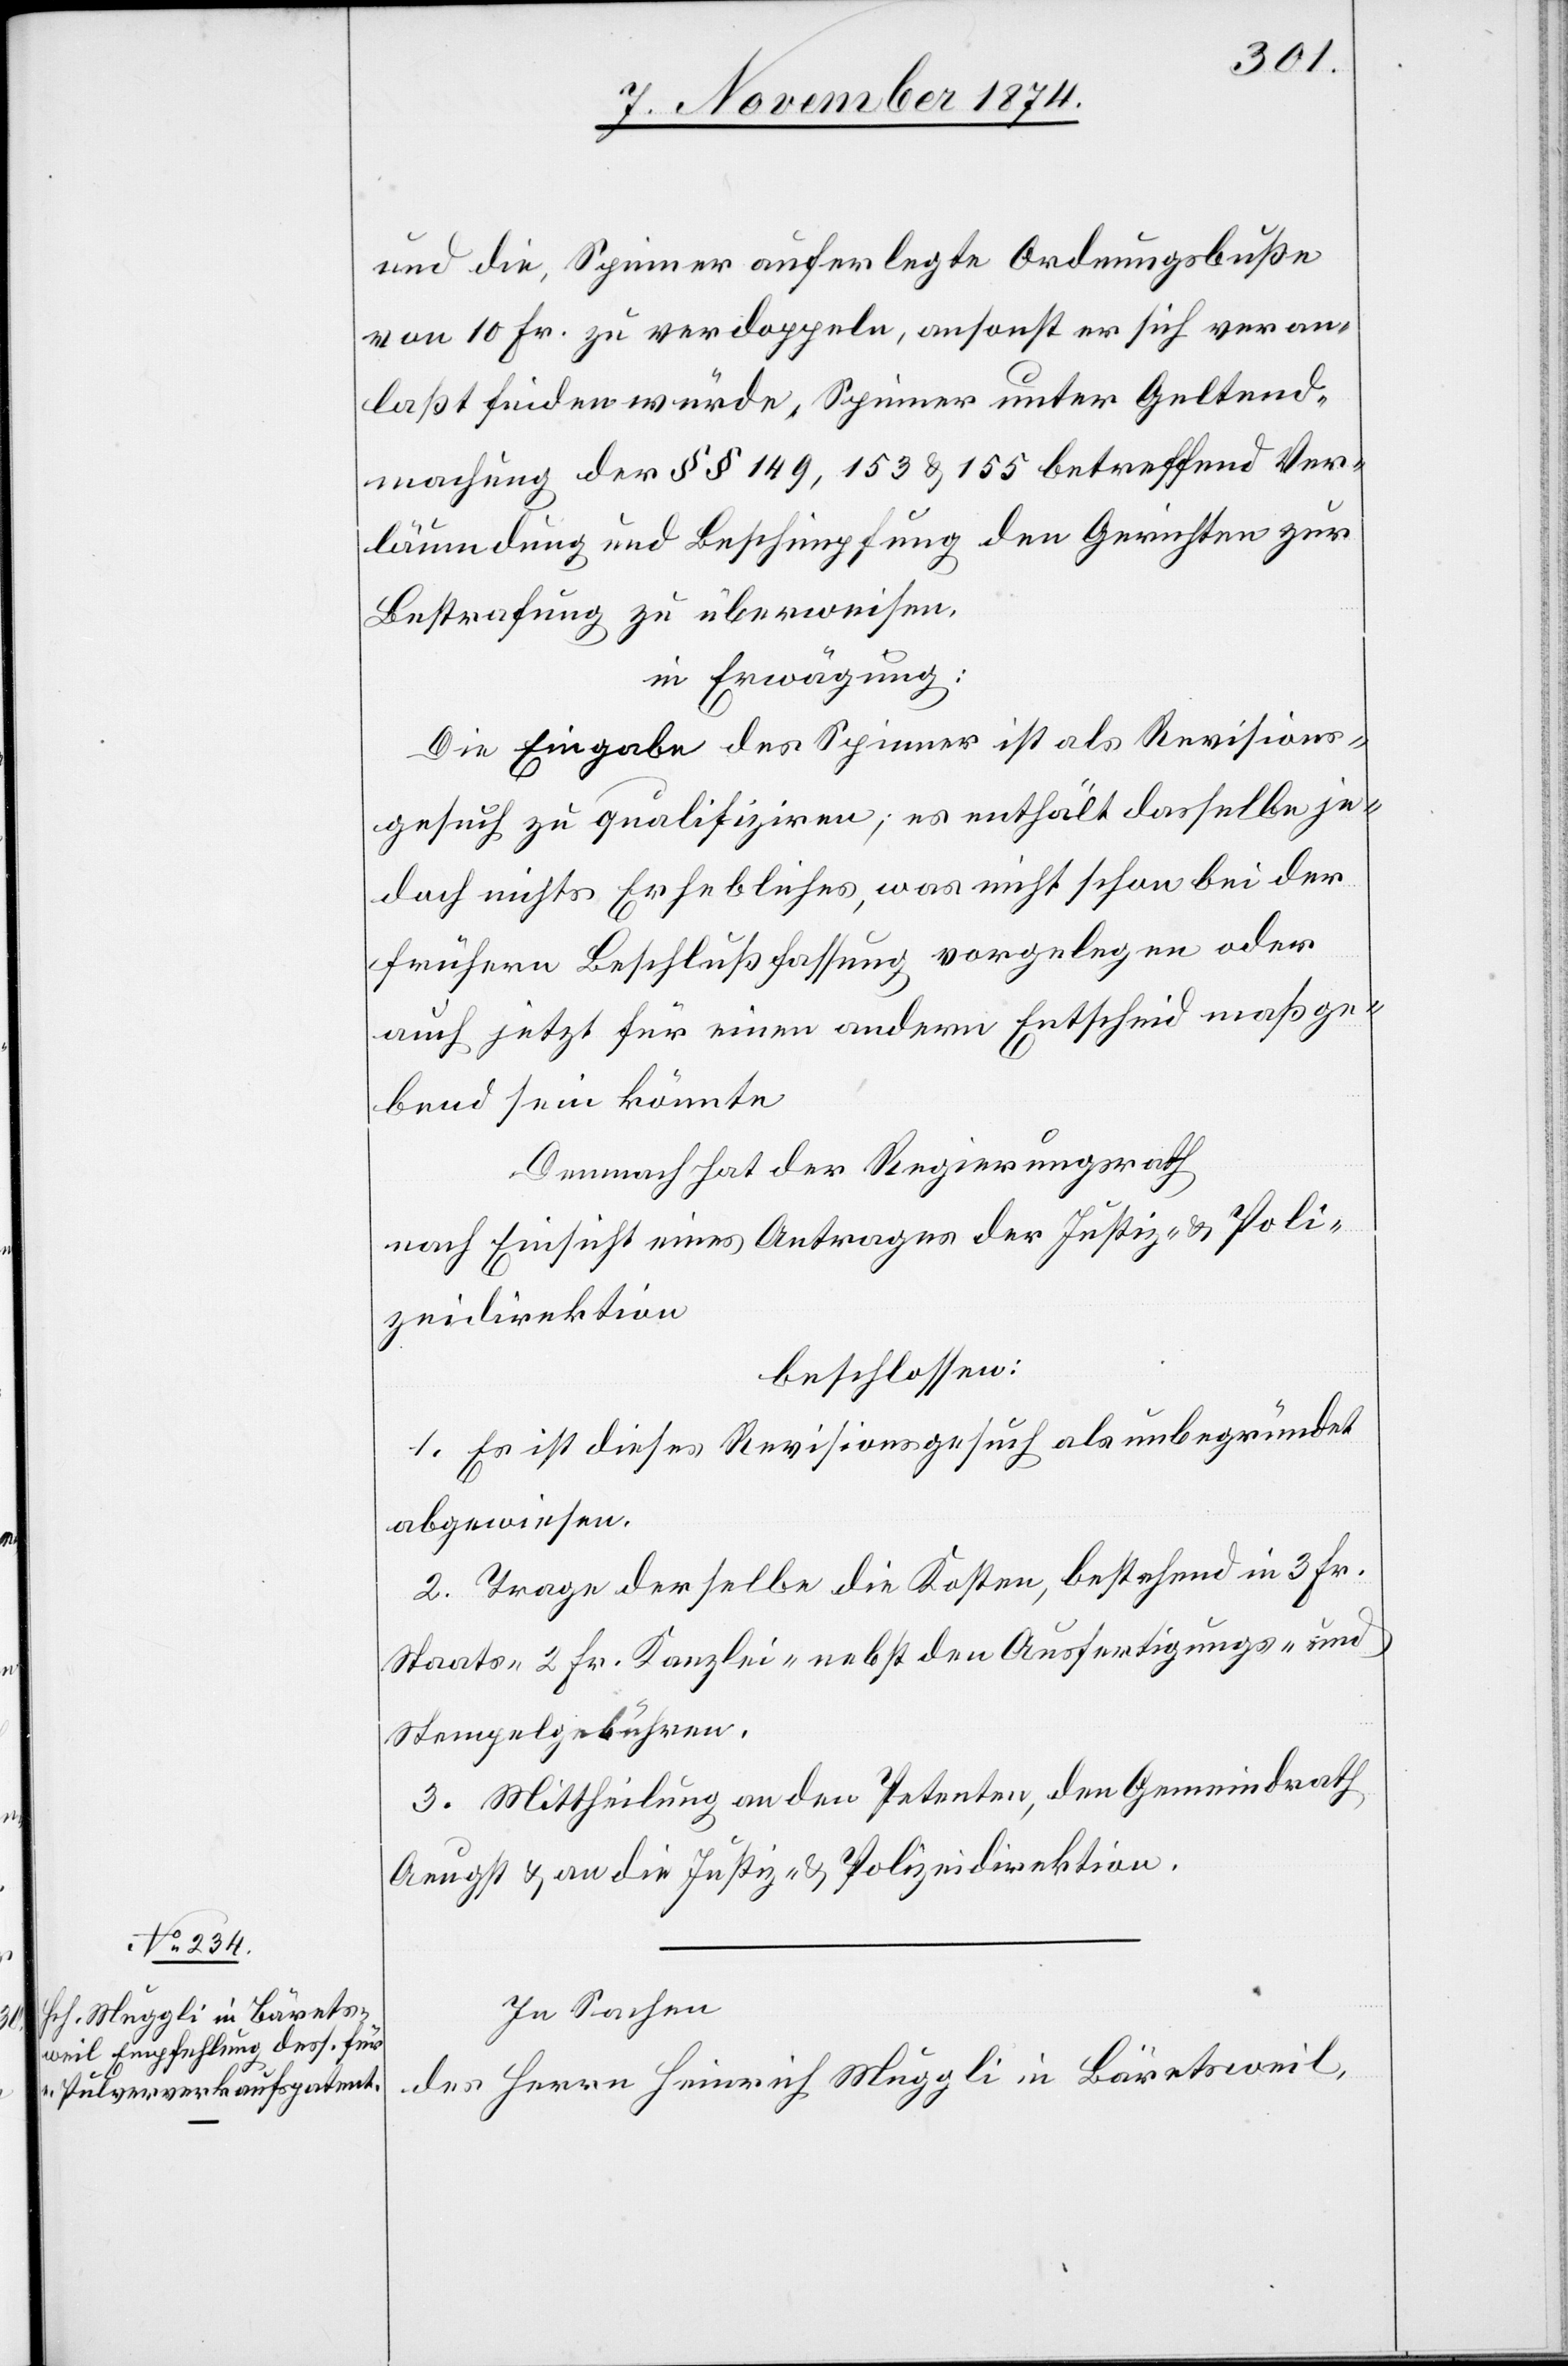
und die, Spinner auferlegte Ordnungsbuße
von 10 Fr. zu verdoppeln, ansonst er sich veran¬
laßt finden würde, Spinner unter Geltend¬
machung der §§ 149, 153 & 155 betreffend Ver¬
läumdung und Beschimpfung den Gerichten zur
Bestrafung zu überweisen,
in Erwägung:
Die Eingabe des Spinner ist als Revisions¬
gesuch zu qualifiziren; es enthält dasselbe je¬
doch nichts Erhebliches, was nicht schon bei der
frühern Beschlußfassung vorgelegen oder
auch jetzt für einen andern Entscheid maßge¬
bend sein könnte.
Demnach hat der Regierungsrath
nach Einsicht eines Antrages der Justiz- & Poli¬
zeidirektion,
beschlossen:
1. Es ist dieses Revisionsgesuch als unbegründet
abgewiesen.
2. Trage derselbe die Kosten, bestehend in 3 Fr.
Staats-[,] 2 Fr. Kanzlei- nebst den Ausfertigungs- und
Stempelgebühren.
3. Mittheilung an den Petenten, den Gemeindrath
Aeugst & an die Justiz- & Polizeidirektion.
In Sachen
des Herrn Heinrich Muggli in Bäretsweil,